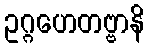
ဥဂ္ဂဟေတဗ္ဗာနိ